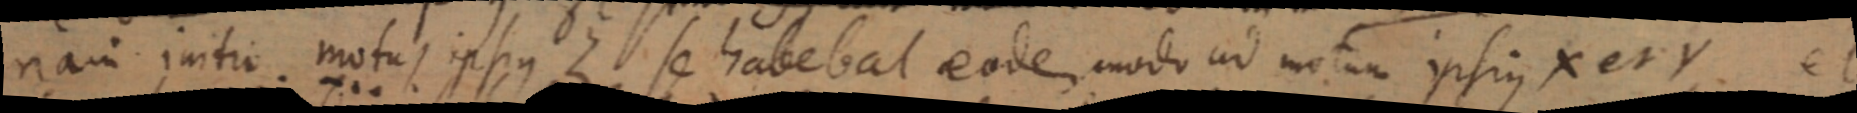
nam initio motus ipsius Z se habebat eodem modo ad motum ipsius X et Y et